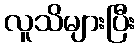
လူသိများပြီး